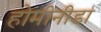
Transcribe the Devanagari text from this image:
होमीनीडा